Report of the Indian Hemp Drugs Commission, 1894-1895 - Volume V
Year: 1894
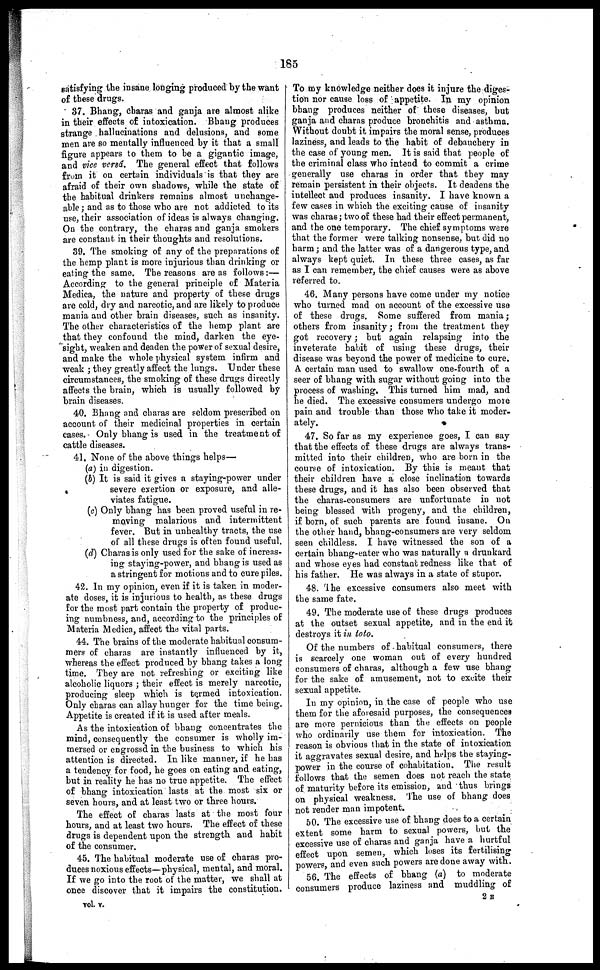
185
satisfying the insane longing produced by the want
of these drugs.
37. Bhang, Charas and ganja are almost alike
in their effects of intoxication. Bhang produces
strange hallucinations and delusions, and some
men are so mentally influenced by it that a small
figure appears to them to be a gigantic image,
and vice versd. The general effect that follows
from it on certain individuals is that they are
afraid of their own shadows, while the state of
the habitual drinkers remains almost unchange-
able ; and as to those who are not addicted to its
use, their association of ideas is always changing.
On the contrary, the charas and ganja smokers
are constant in their thoughts and resolutions.
39, The smoking of any of the preparations of
the hemp plant is more injurious than drinking or
eating the same. The reasons areas follows:—
According to the general principle of Materia
Medica, the nature and property of these drugs
are cold, dry and narcotic, and are likely to produce
mania and other brain diseases, such as insanity.
The other characteristics of the hemp plant are
that they confound the mind, darken the eye-
sight, weaken and deaden the power of sexual desire,
and make the whole physical system infirm and
weak ; they greatly affect the lungs. Under these
circumstances, the smoking of these drugs directly
affects the brain, which is usually followed by
brain diseases.
40. Bhang and charas are seldom prescribed on
account of their medicinal properties in certain
cases. Only bhang is used in the treatment of
cattle diseases.
41. None of the above things helps—
(a) in digestion.
(b) It is said it gives a staying-power under
severe exertion or exposure, and alle-
viates fatigue.
(c) Only bhang has been proved useful in re-
moving malarious and intermittent
fever. But in unhealthy tracts, the use
of all these drugs is often found useful.
(d) Charas is only used for the sake of increas-
ing staying-power, and bhang is used as
a stringent for motions and to cure piles.
42. In my opinion, even if it is taken in moder-
ate doses, it is injurious to health, as these drugs
for the most part contain the property of produc-
ing numbness, and, according to the principles of
Materia Medica, affect the vital parts.
44. The brains of the moderate habitual consum-
mers of charas are instantly influenced by it,
whereas the effect produced by bhang takes a long
time. They are not refreshing or exciting like
alcoholic liquors ; their effect is merely narcotic,
producing sleep which is termed intoxication.
Only charas can allay hunger for the time being.
Appetite is created if it is used after meals.
As the intoxication of bhang concentrates the
mind, consequently the consumer is wholly im-
mersed or engrossd in the business to which his
attention is directed. In like manner, if he has
a tendency for food, he goes on eating and eating,
but in reality he has no true appetite. The effect
of bhang intoxication lasts at the most six or
seven hours, and at least two or three hours.
The effect of charas lasts at the most four
hours, and at least two hours. The effect of these
drugs is dependent upon the strength and habit
of the consumer.
45. The habitual moderate use of charas pro-
duces noxious effects—physical, mental, and moral.
If we go into the root of the matter, we shall at
once discover that it impairs the constitution.
To my knowledge neither does it injure the diges-
tion nor cause loss of appetite. In my opinion
bhang produces neither of these diseases, but
ganja and charas produce bronchitis and asthma.
Without doubt it impairs the moral sense, produces
laziness, and leads to the habit of debauchery in
the case of young men. It is said that people of
the criminal class who intend to commit a crime
generally use charas in order that they may
remain persistent in their objects. It deadens the
intellect and produces insanity. I have known a
few cases in which the exciting cause of insanity
was charas; two of these had their effect permanent,
and the one temporary. The chief symptoms were
that the former were talking nonsense, but did no
harm ; and the latter was of a dangerous type, and
always kept quiet. In these three cases, as far
as I can remember, the chief causes were as above
referred to.
46. Many persons have come under my notice
who turned mad on account of the excessive use
of these drugs. Some suffered from mania;
others from insanity; from the treatment they
got recovery; but again relapsing into the
inveterate habit of using these drugs, their
disease was beyond the power of medicine to cure.
A certain man used to swallow one-fourth of a
seer of bhang with sugar without going into the
process of washing. This turned him mad, and
he died. The excessive consumers undergo more
pain and trouble than those who take it moder-
ately.
47. So far as my experience goes, I can say
that the effects of these drugs are always trans-
mitted into their children, who are born in the
course of intoxication. By this is meant that
their children have a close inclination towards
these drugs, and it has also been observed that
the charas-consumers are unfortunate in not
being blessed with progeny, and the children,
if born, of such parents are found insane. On
the other hand, bhang-consumers are very seldom
seen childless. I have witnessed the son of a
certain bhang-eater who was naturally a drunkard
and whose eyes had constant redness like that of
his father. He was always in a state of stupor.
48. The excessive consumers also meet with
the same fate.
49. The moderate use of these drugs produces
at the outset sexual appetite, and in the end it
destroys it in toto.
Of the numbers of habitual consumers, there
is scarcely one woman out of every hundred
consumers of charas, although a few use bhang
for the sake of amusement, not to excite their
sexual appetite.
In my opinion, in the case of people who use
them for the aforesaid purposes, the consequences
are more pernicious than the effects on people
who ordinarily use them for intoxication. The
reason is obvious that in the state of intoxication
it aggravates sexual desire, and helps the staying-
power in the course of cohabitation. The result
follows that the semen does not reach the state
of maturity before its emission, and thus brings
on physical weakness. The use of bhang does
not render man impotent.
50. The excessive use of bhang does to a certain
extent some harm to sexual powers, but the
excessive use of charas and ganja have a hurtful
effect upon semen, which loses its fertilising
powers, and even such powers are done away with.
56. The effects of bhang (a) to moderate
consumers produce laziness and muddling of
vol. V.
2 E